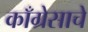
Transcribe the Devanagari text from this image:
काँग्रेसाचे